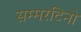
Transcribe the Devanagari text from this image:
सम्मरटिनो